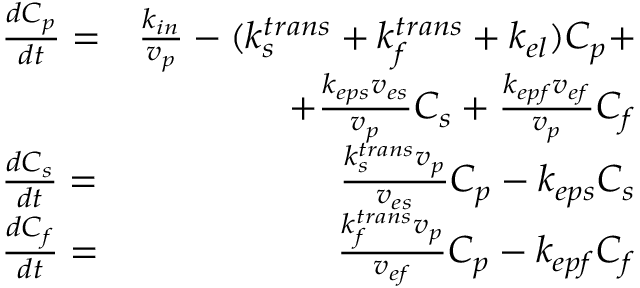
\begin{array} { r l r } & { \frac { d C _ { p } } { d t } = } & { \frac { k _ { i n } } { v _ { p } } - ( k _ { s } ^ { t r a n s } + k _ { f } ^ { t r a n s } + k _ { e l } ) C _ { p } + } \\ & { } & { + \frac { k _ { e p s } v _ { e s } } { v _ { p } } C _ { s } + \frac { k _ { e p f } v _ { e f } } { v _ { p } } C _ { f } } \\ & { \frac { d C _ { s } } { d t } = } & { \frac { k _ { s } ^ { t r a n s } v _ { p } } { v _ { e s } } C _ { p } - k _ { e p s } C _ { s } } \\ & { \frac { d C _ { f } } { d t } = } & { \frac { k _ { f } ^ { t r a n s } v _ { p } } { v _ { e f } } C _ { p } - k _ { e p f } C _ { f } } \end{array}